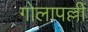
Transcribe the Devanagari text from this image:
गोलापल्ली